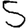
Digit: 5